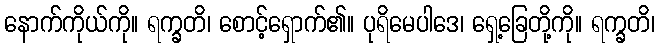
နောက်ကိုယ်ကို။ ရက္ခတိ၊ စောင့်ရှောက်၏။ ပုရိမေပါဒေ၊ ရှေ့ခြေတို့ကို။ ရက္ခတိ၊